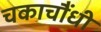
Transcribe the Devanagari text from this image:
चकाचौंधी